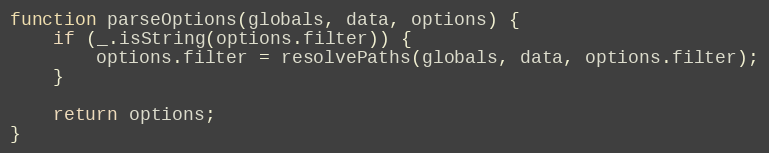
Language: JavaScript
function parseOptions(globals, data, options) {
    if (_.isString(options.filter)) {
        options.filter = resolvePaths(globals, data, options.filter);
    }

    return options;
}